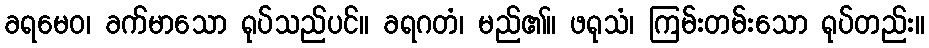
ခရမေဝ၊ ခက်မာသော ရုပ်သည်ပင်။ ခရဂတံ၊ မည်၏။ ဖရုသံ၊ ကြမ်းတမ်းသော ရုပ်တည်း။